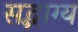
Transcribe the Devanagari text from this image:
सद्भाग्य